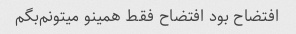
افتضاح بود افتضاح فقط همینو میتونم‌بگم